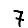
Digit: 7